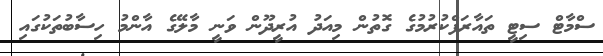
ސްމާޓް ސިޓީ ތައާރަފްކުރުމުގެ ގޮތުން މިއަދު އުރީދޫން ވަނީ މާލޭގެ އާންމު ހިސާބުތަކުގައި